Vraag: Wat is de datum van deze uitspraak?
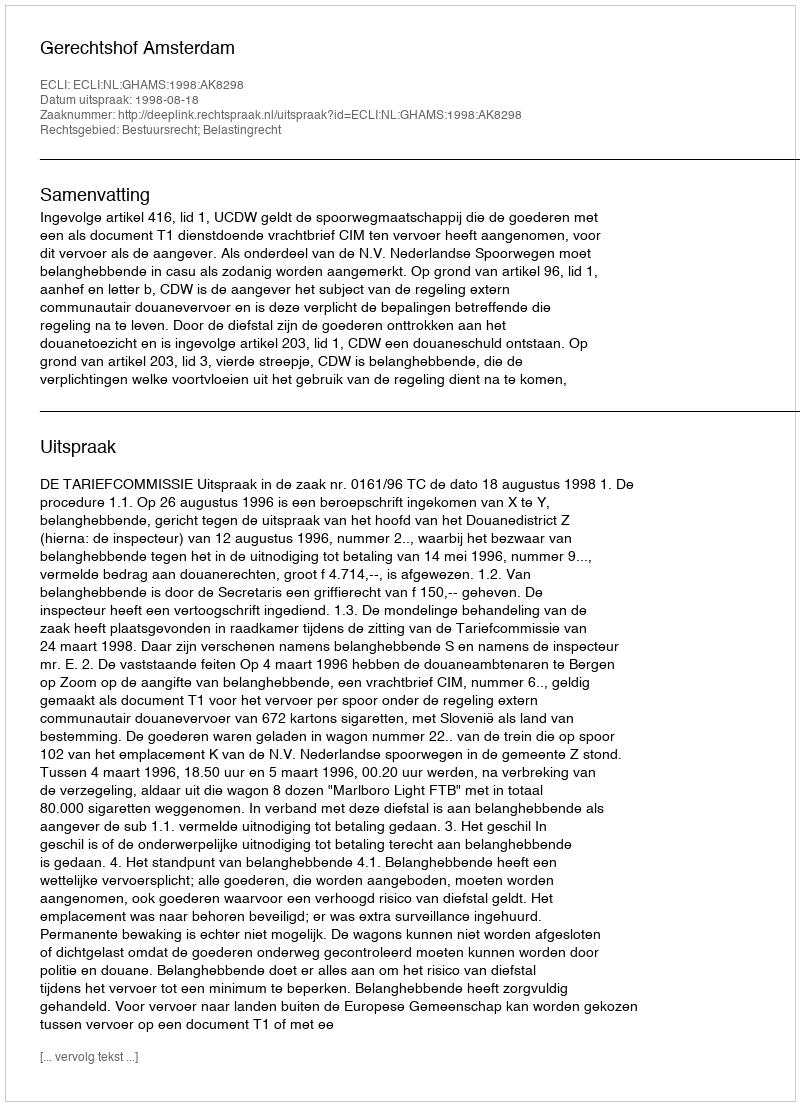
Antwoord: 1998-08-18